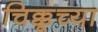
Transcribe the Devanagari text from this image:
चिक्कूच्या